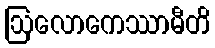
ဩလောကေဿာမီတိ